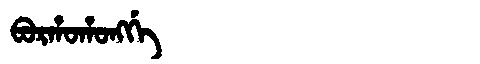
Manchu: ᠪᠣᡵᡥᠣᡥᠣᠩᡤᡝ
Romanization: BORHOHONGGE